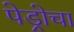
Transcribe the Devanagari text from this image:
पेड्रोचा